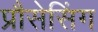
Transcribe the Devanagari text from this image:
प्रौसेसिंग